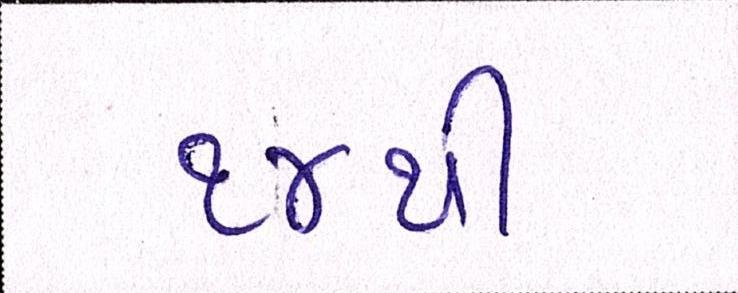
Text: ૧૪થી